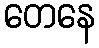
တေနေ